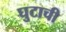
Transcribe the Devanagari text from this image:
घुटाची